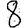
Digit: 8